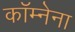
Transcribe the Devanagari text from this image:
कॉम्नेना